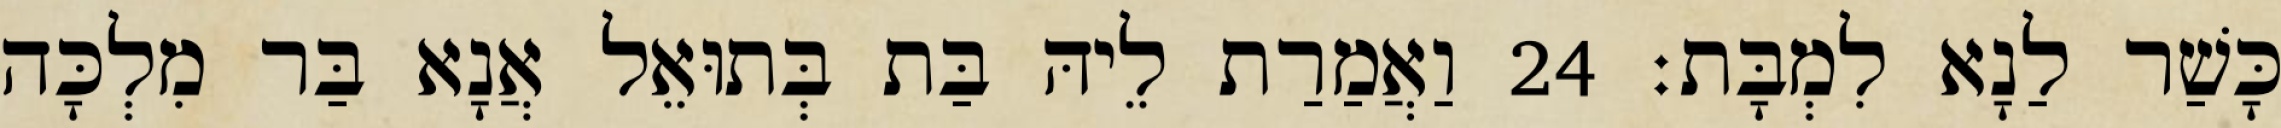
כָּשַׁר לַנָא לִמְבָּת׃ 24 וַאֲמַרַת לֵיהּ בַּת בְּתוּאֵל אֲנָא בַּר מִלְכָּה